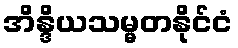
အိန္ဒိယသမ္မတနိုင်ငံ